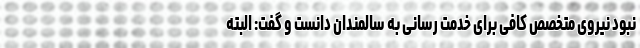
نبود نیروی متخصص کافی برای خدمت رسانی به سالمندان دانست و گفت:‌ البته